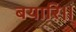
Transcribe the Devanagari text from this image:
बयारि।।